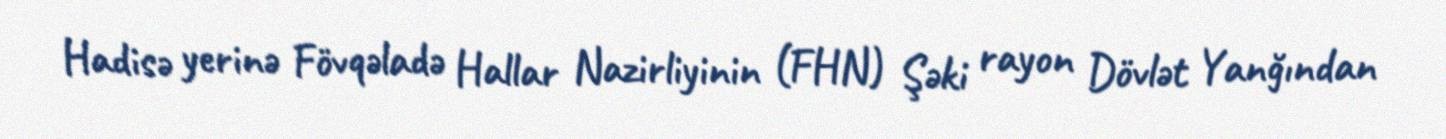
Hadisə yerinə Fövqəladə Hallar Nazirliyinin (FHN) Şəki rayon Dövlət Yanğından